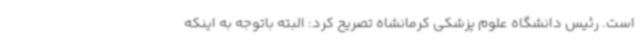
است. رئیس دانشگاه علوم پزشکی کرمانشاه تصریح کرد: البته باتوجه به اینکه